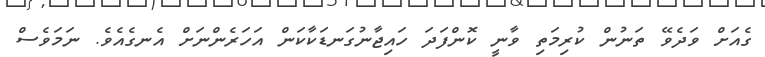
ގެއަށް ވަދެވޭ ތަނުން ކުރިމަތި ވާނީ ކޮންފަދަ ހައިޖާނުގަނޑަކާކަން އަހަރެންނަށް އެނގެއެވެ. ނަމަވެސް